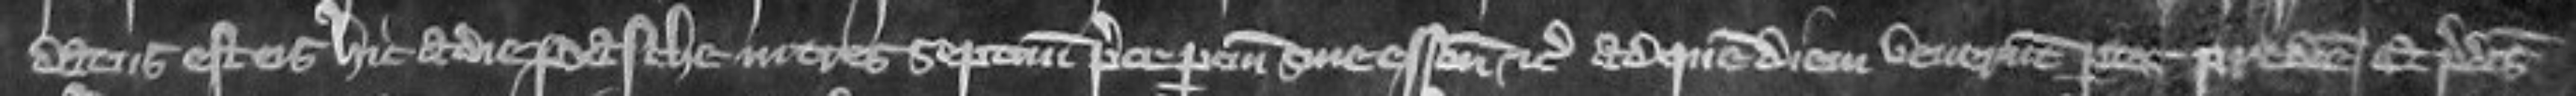
datus est eis hic a die Pasche in tres septimanas prece partium sine essoniis etc Ad quem diem venerunt partes predicte et predictus